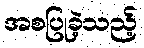
အစပြုခဲ့သည့်